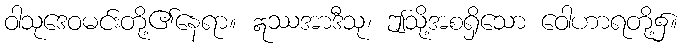
ဝါသုဒေဝမင်းတို့၏နေရာ။ ဣဿအာဒီသု၊ ဤသို့အစရှိသော ဝေါဟာရတို့၌။